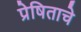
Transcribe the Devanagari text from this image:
प्रेषिताचे